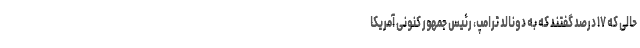
حالی که ۱۷ درصد گفتند که به دونالد ترامپ، رئیس جمهور کنونی آمریکا